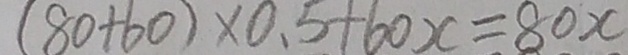
( 8 0 + 6 0 ) \times 0 . 5 + 6 0 x = 8 0 x